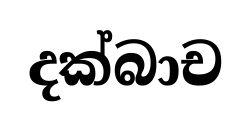
දක්බාච